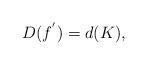
LaTeX: \begin{align*}D(f^{'})=d(K),\end{align*}